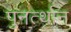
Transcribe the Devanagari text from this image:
पुनर्त्थान